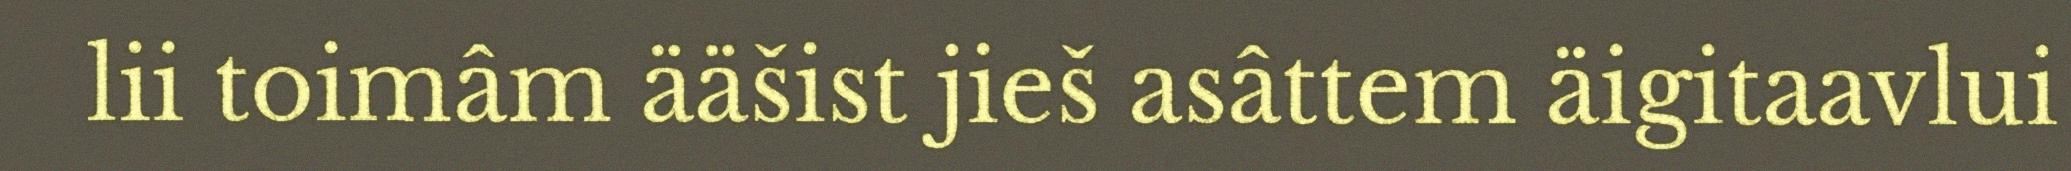
lii toimâm ääšist jieš asâttem äigitaavlui